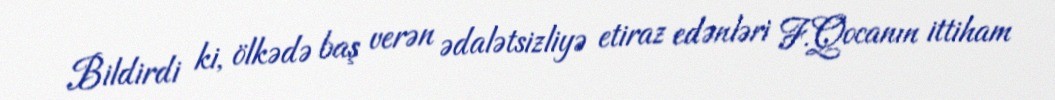
Bildirdi ki, ölkədə baş verən ədalətsizliyə etiraz edənləri F.Qocanın ittiham